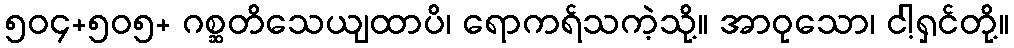
၅၀၄+၅၀၅+ ဂစ္ဆတိသေယျထာပိ၊ ရောကရ်သကဲ့သို့။ အာဝုသော၊ ငါ့ရှင်တို့။